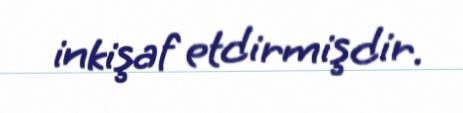
inkişaf etdirmişdir.